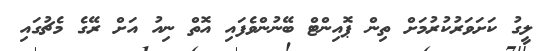
ލީގު ކަށަވަރުކުރުމަށް ތިން ޕޮއިންޓް ބޭނުންވެފައި އޮތް ނިއު އަށް ރޭގެ މެޗުގައި